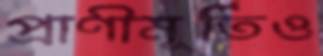
প্রাণীমূর্তিও